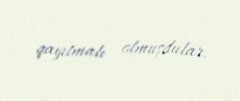
qayıtmalı olmuşdular.